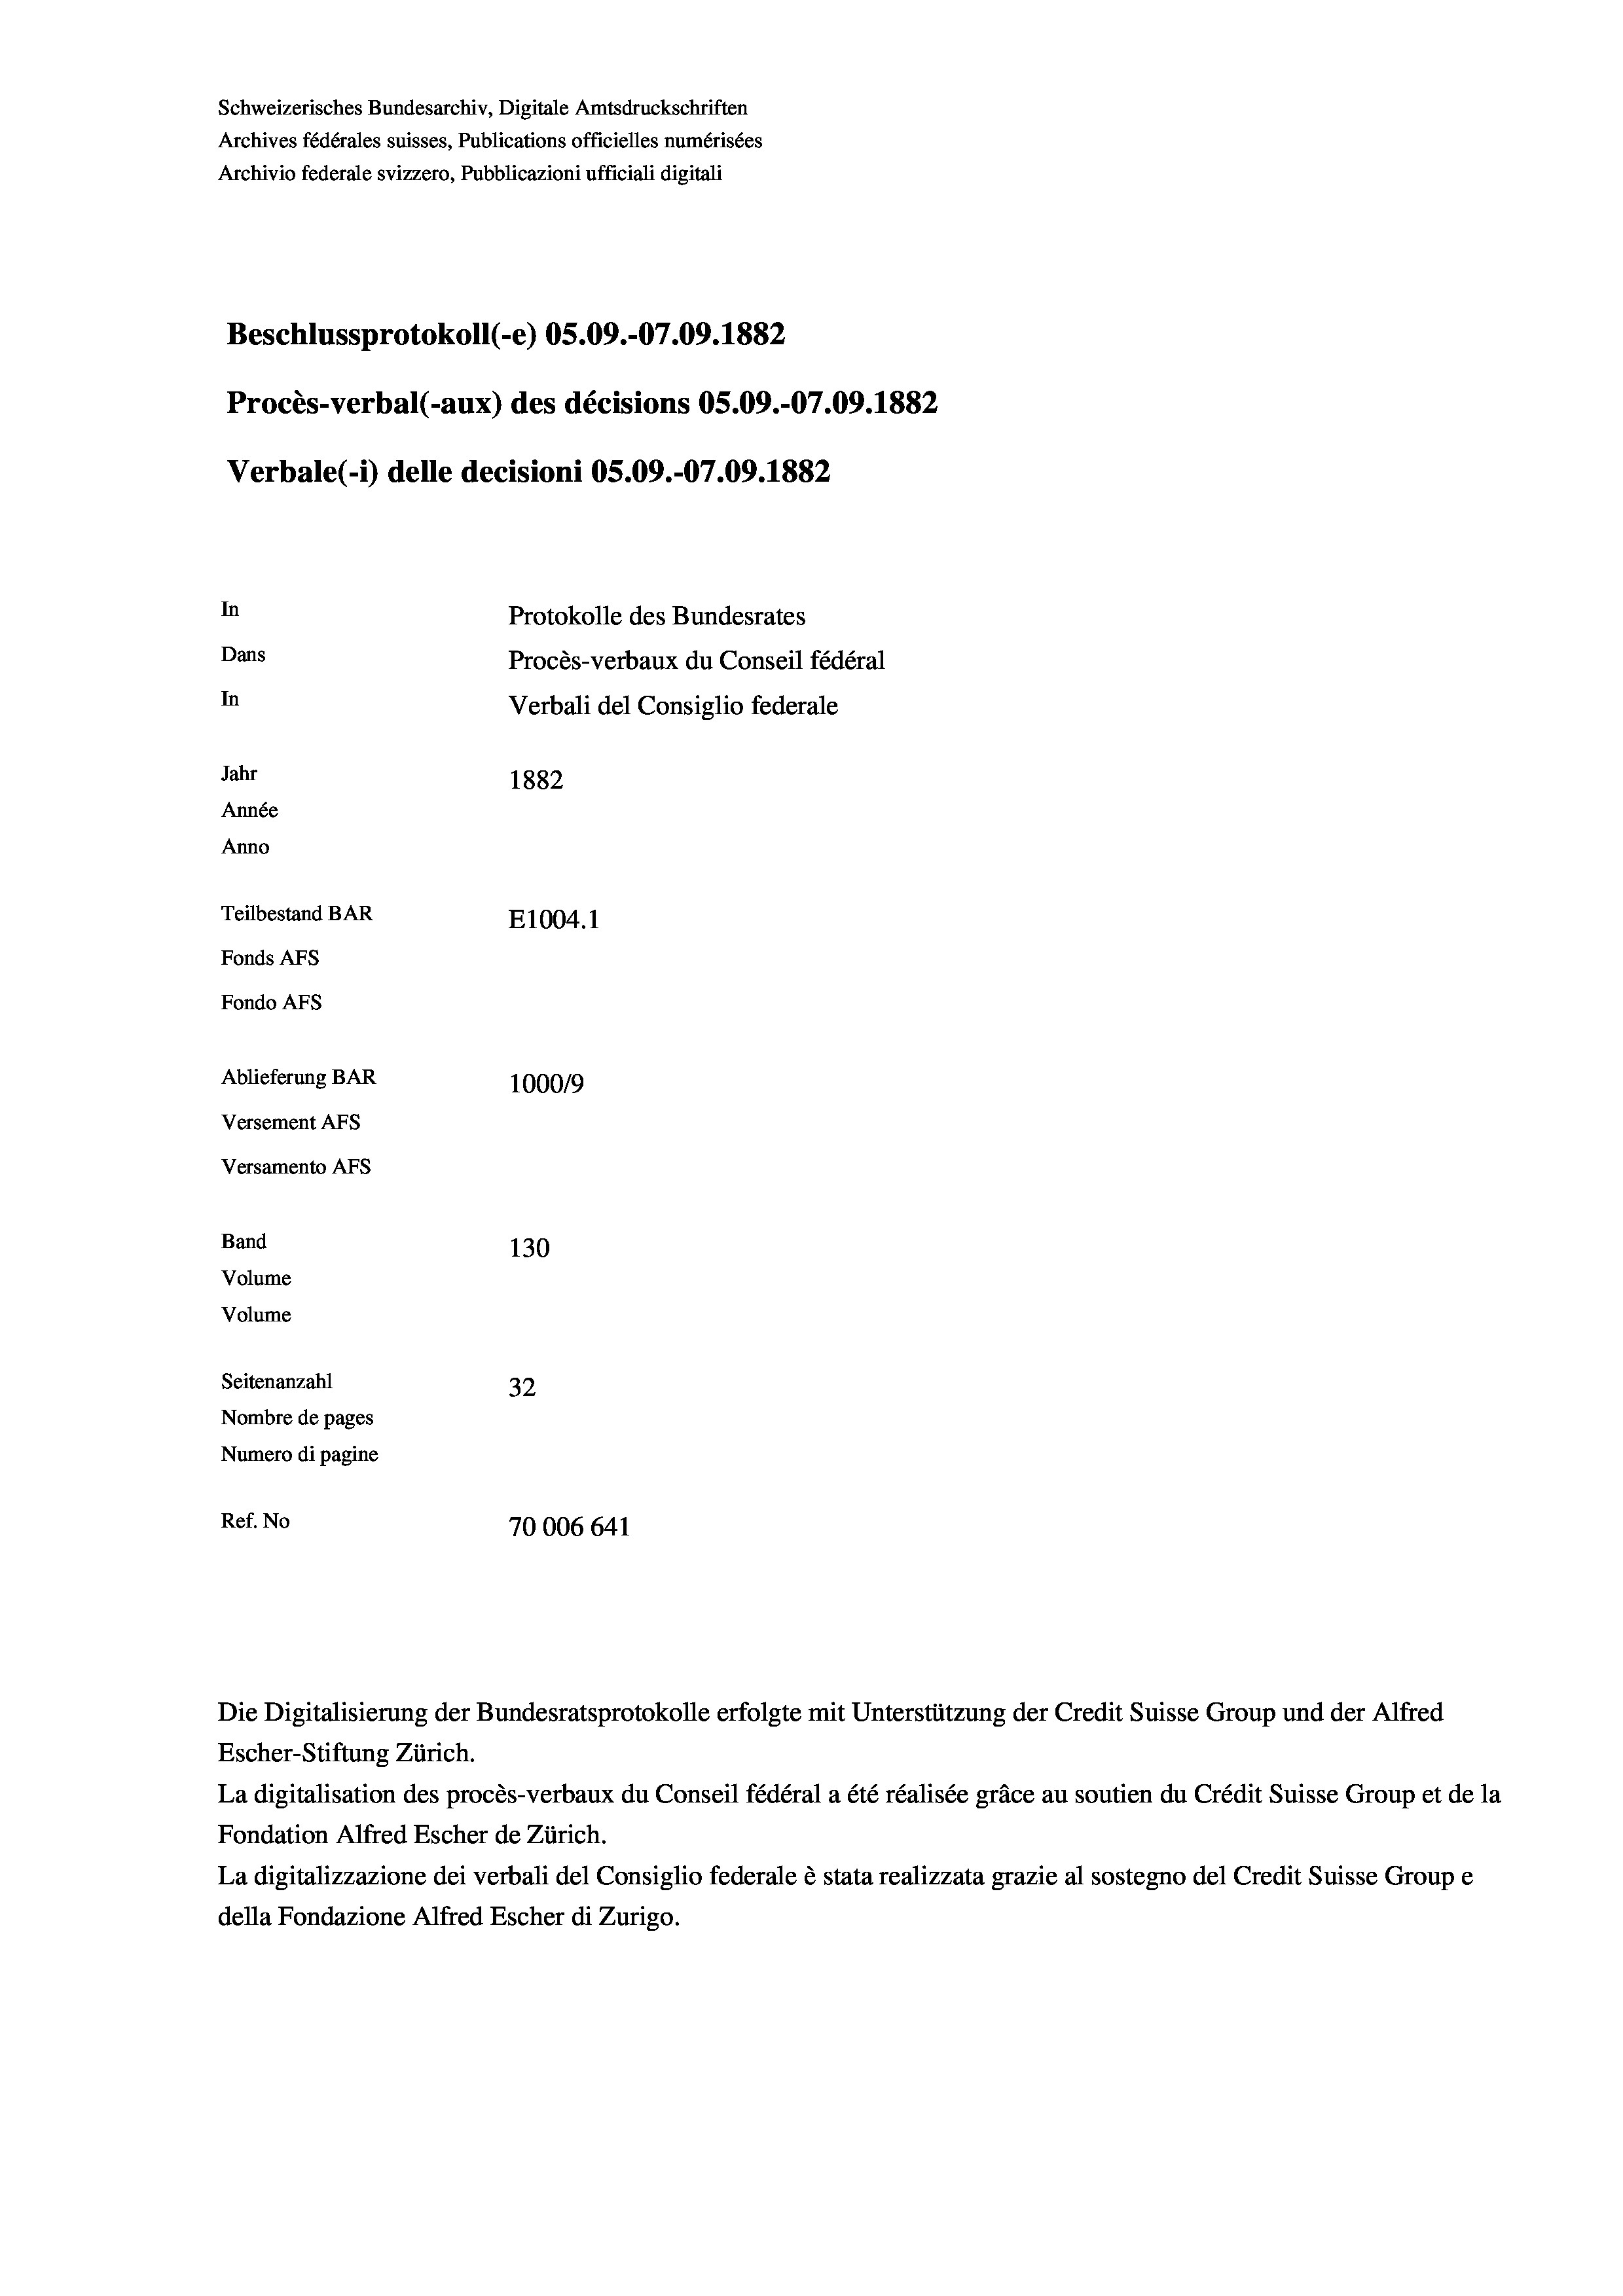
Schweizerisches Bundesarchiv, Digitale Amtsdruckschriften
Archives fédérales suisses, Publications officielles numérisées
Archivio federale svizzero, Pubblicazioni ufficiali digitali
Beschlussprotokoll (-e) 05.09.-07.09. 1882
Procès-verbal (-aux) des décisions OS.09.-07.09. 1882
Verbale(*) delle decisioni OS.09.-07.09. 1882
In
Protokolle des Bundesrates
Dans
Procès-verbaux du Conseil fédéral
In
Verbali del Consiglio federale
Jahr
1882
Année
Anno
Teilbestand BAR
E1004. 1
Fonds AFs
Fondo Afs
Ablieferung BAR
100019
Versement AFs
Versamento AFS
Band
130
Volume
Volume

Seitenanzahl
32
Nombre de pages
Numero di pagine
Ref. No
70006 641

Die Digitalisierung der Bundesratsprotokolle erfolgte mit Unterstützung der Credit Suisse Group und der Alfred
Escher-Stiftung Zürich.
La digitalisation des procès-verbaux du Conseil fédéral a été réalisée gräce au soutien du Crédit Suisse Group et de la
Fondation Alfred Escher de Zürich.
La digitalizzazione dei verbali del Consiglio federale è stata realizzata grazie al sostegno del Credit Suisse Groupe
della Fondazione Alfred Escher di Zurigo.